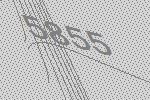
5855